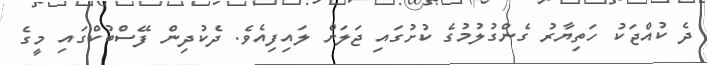
ދެ ކުއްޖަކު ހަތިޔާރު ގެންގުލުމުގެ ކުށުގައި ޖަަލަށް ލައިފިއެވެ. ދެކުދިން ފޭސްބުކްގައި މީގެ